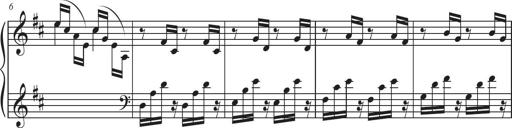
Title: Sonatina in D major
Composer: Shota Saitoh
Key: D major